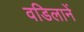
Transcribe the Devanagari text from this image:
वडिलानें